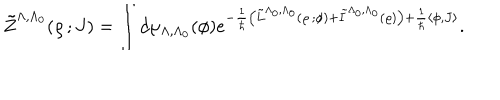
\tilde { Z } ^ { \Lambda , \Lambda _ { 0 } } ( \varrho \, ; J ) = \int d \mu _ { \Lambda , \Lambda _ { 0 } } ( \phi ) e ^ { - \frac { 1 } { \hbar } \bigl ( \tilde { L } ^ { \Lambda _ { 0 } , \Lambda _ { 0 } } ( \varrho \, ; \phi ) + \tilde { I } ^ { \Lambda _ { 0 } , \Lambda _ { 0 } } ( \varrho ) \bigr ) + \frac { 1 } { \hbar } \langle \phi , J \rangle } .